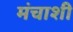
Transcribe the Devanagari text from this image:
मंचाशी